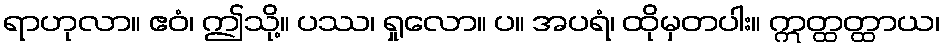
ရာဟုလာ။ ဧဝံ၊ ဤသို့။ ပဿ၊ ရှုလော။ ပ။ အပရံ၊ ထိုမှတပါး။ ဣတ္ထတ္ထာယ၊